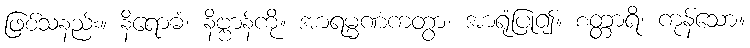
ဖြစ်သနည်း။ နိရောဓံ၊ နိဗ္ဗာန်ကို။ အာရမ္မဏံကတွာ၊ အာရုံပြု၍။ စတ္တာရိ၊ ကုန်သော။